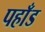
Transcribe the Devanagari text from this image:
पहाँड